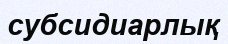
субсидиарлық